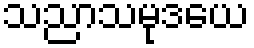
သညာသမုဒယေ